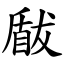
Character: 瞂